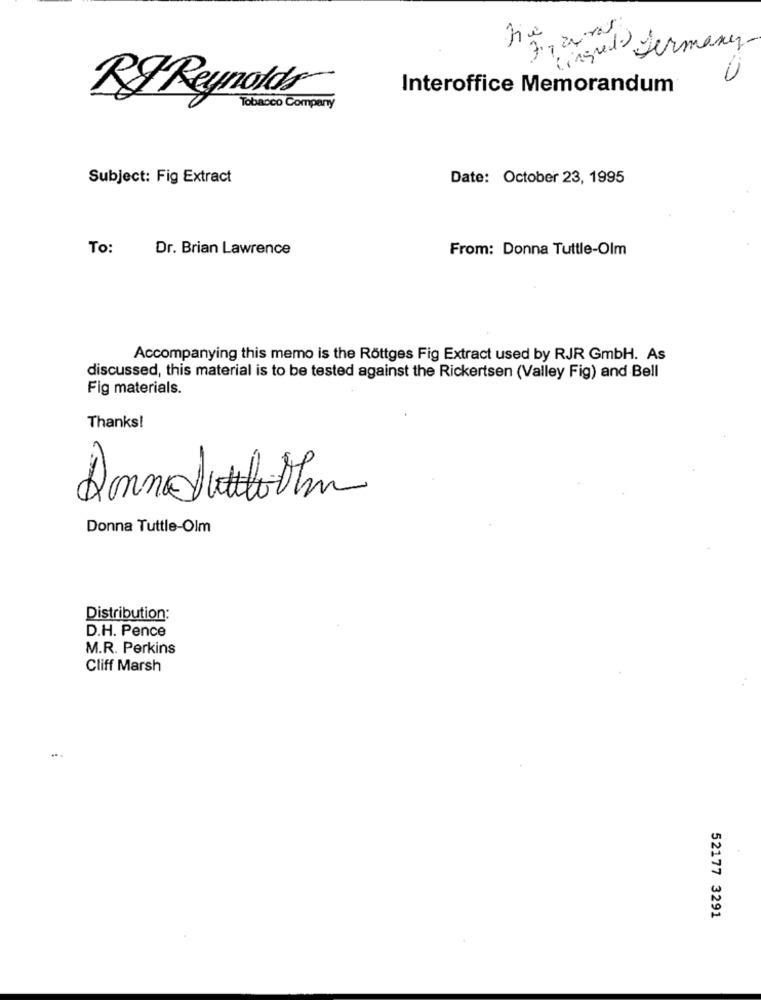
Cingred Germany
Interoffice Memorandum
RI Reynolds
Tobacco Company
Subject: Fig Extract
Date: October 23, 1995
To:
Dr. Brian Lawrence
From: Donna Tuttle-Olm
Accompanying this memo is the Röttges Fig Extract used by RJR GmbH. As
discussed, this material is to be tested against the Rickertsen (Valley Fig) and Bell
Fig materials.
Thanks!
Anna JuttloOlm
Donna Tuttle-Olm
Distribution:
D.H. Pence
M.R. Perkins
Cliff Marsh
52177 3291